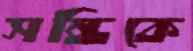
সন্ধিকে